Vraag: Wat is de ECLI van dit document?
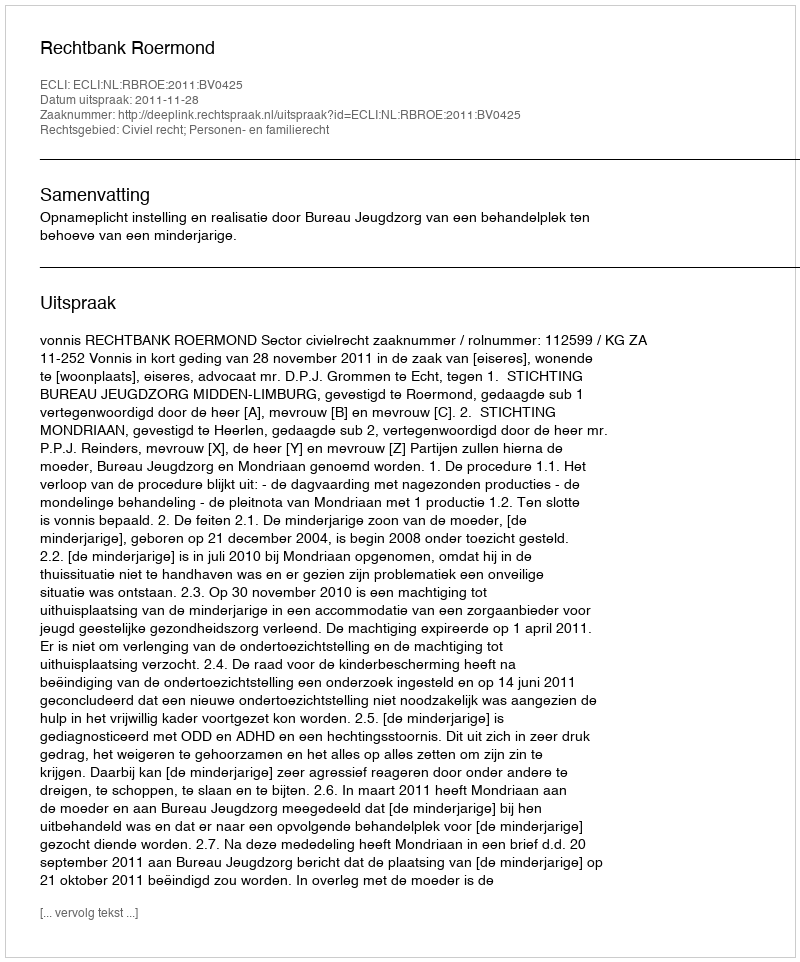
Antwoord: ECLI:NL:RBROE:2011:BV0425